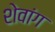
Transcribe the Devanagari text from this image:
शेवांग